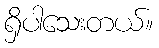
ရှိပါသေးတယ်။